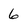
Character: 6